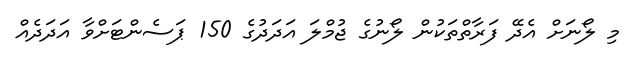
މި ލޯނަށް އެދޭ ފަރާތްތަކުން ލޯނުގެ ޖުމްލަ އަދަދުގެ 150 ޕަސެންޓަށްވާ އަދަދެއް